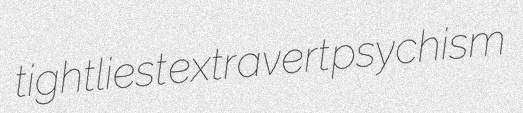
tightliest extravert psychism